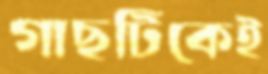
গাছটিকেই